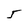
Character: 5